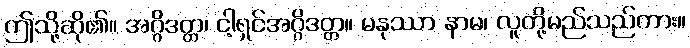
ဤသို့ဆို၏။ အဂ္ဂိဒတ္တ၊ ငါ့ရှင်အဂ္ဂိဒတ္တ။ မနုဿာ နာမ၊ လူတို့မည်သည်ကား။